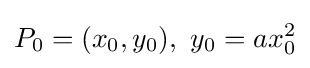
P_{0}=(x_{0},y_{0}),\ y_{0}=ax_{0}^{2}